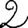
Digit: 2